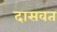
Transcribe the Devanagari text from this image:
दासवत